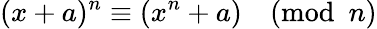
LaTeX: (x+a)^{n}\equiv(x^{n}+a){\pmod{n}}